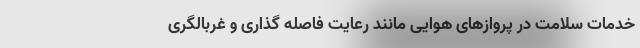
خدمات سلامت در پروازهای هوایی مانند رعایت فاصله گذاری و غربالگری